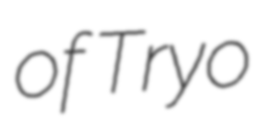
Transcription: of Tryo